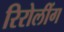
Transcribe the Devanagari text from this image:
रिरोलींग